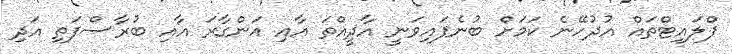
ފްލައިޓްތައް އުދުހޭނެ ކަމަށް ބުނެފައިވަނީ އާދީއްތަ އާއި އަންގާރަ އާއި ބުރާސްފަތި އަދި